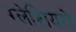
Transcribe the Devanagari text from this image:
ग्‍लेशियरों